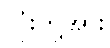
လုံးတို့အား